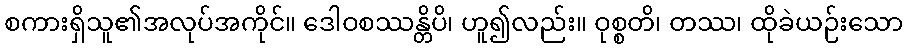
စကားရှိသူ၏အလုပ်အကိုင်။ ဒေါဝစဿန္တိပိ၊ ဟူ၍လည်း။ ဝုစ္စတိ၊ တဿ၊ ထိုခဲယဉ်းသော